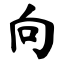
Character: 向